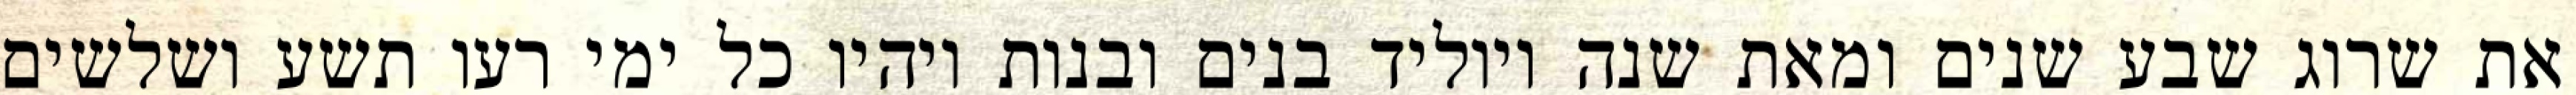
את שרוג שבע שנים ומאת שנה ויוליד בנים ובנות ויהיו כל ימי רעו תשע ושלשים